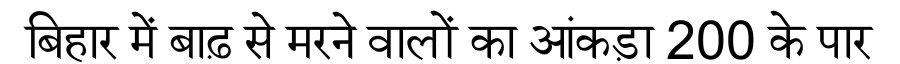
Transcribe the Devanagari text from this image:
बिहार में बाढ़ से मरने वालों का आंकड़ा 200 के पार